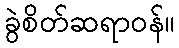
ခွဲစိတ်ဆရာဝန်။